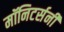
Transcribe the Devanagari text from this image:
मॉनिटर्सनी